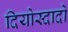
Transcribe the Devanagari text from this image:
दियोस्दादो